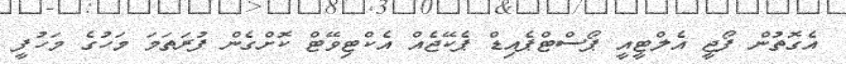
އެގޮތުން ފޯޖީ އެލްޓީއީ ޕޯސްޓްޕެއިޑް ޕެކޭޖެއް އެކްޓިވޭޓް ކޮށްގެން ފުރަތަމަ މަހުގެ މަހުފީ